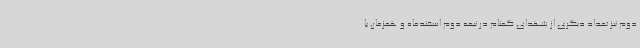
دوم نیز تعداد دیگری از شهدای گمنام در نیمه دوم اسفندماه و همزمان با